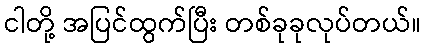
ငါတို့ အပြင်ထွက်ပြီး တစ်ခုခုလုပ်တယ်။